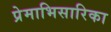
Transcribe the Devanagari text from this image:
प्रेमाभिसारिका